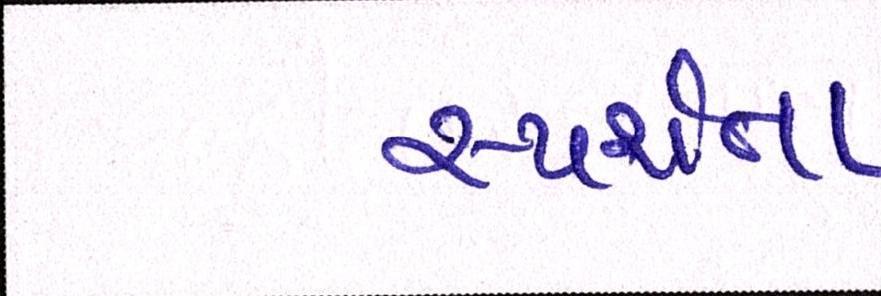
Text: સ્પર્શતા